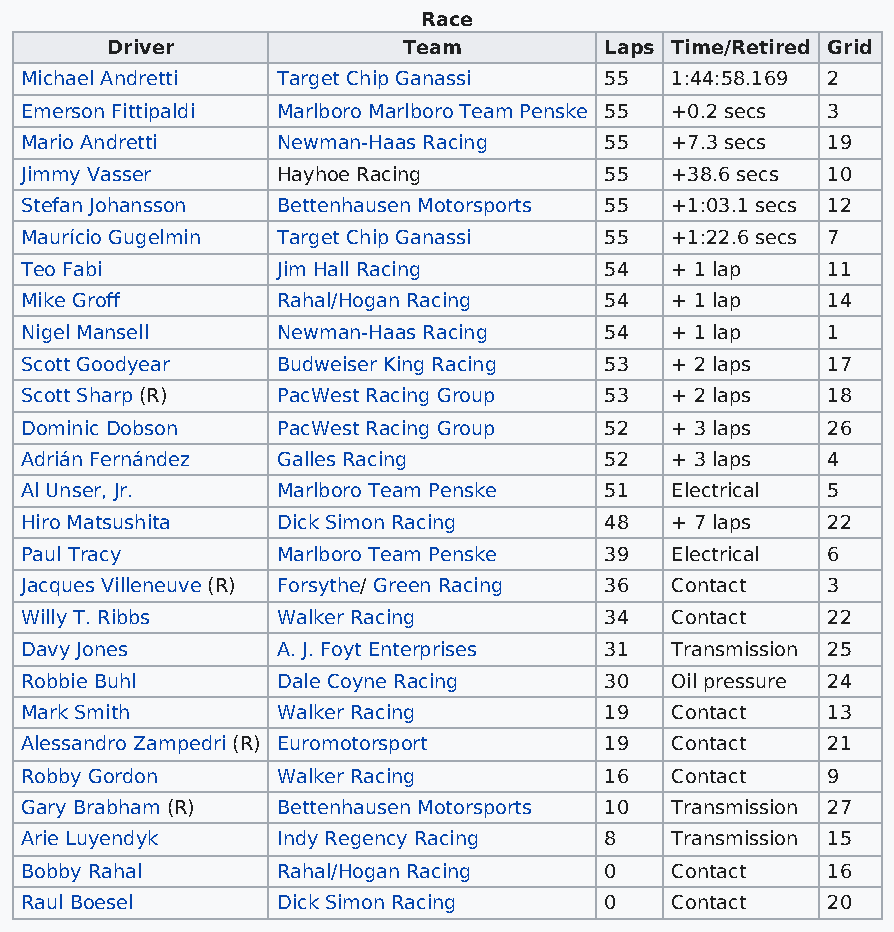
Race
 Driver              Team         Laps Time/Retired Grid
 Michael Andretti Target Chip Ganassi   55  1:44:58.169 2
 Emerson Fittipaldi Marlboro Marlboro Team Penske 55 +0.2 secs 3
 Mario Andretti   Newman-Haas Racing    55  +7.3 secs  19
 Jimmy Vasser     Hayhoe Racing         55  +38.6 secs 10
 Stefan Johansson Bettenhausen Motorsports 55 +1:03.1 secs 12
 Maurício Gugelmin Target Chip Ganassi  55  +1:22.6 secs 7
 Teo Fabi         Jim Hall Racing       54  + 1 lap    11
 Mike Groff       Rahal/Hogan Racing    54  + 1 lap    14
 Nigel Mansell    Newman-Haas Racing    54  + 1 lap    1
 Scott Goodyear   Budweiser King Racing 53  + 2 laps   17
 Scott Sharp (R)  PacWest Racing Group  53  + 2 laps   18
 Dominic Dobson   PacWest Racing Group  52  + 3 laps   26
 Adrián Fernández Galles Racing         52  + 3 laps   4
 Al Unser, Jr.    Marlboro Team Penske  51  Electrical 5
 Hiro Matsushita  Dick Simon Racing     48  + 7 laps   22
 Paul Tracy       Marlboro Team Penske  39  Electrical 6
 Jacques Villeneuve (R) Forsythe/ Green Racing 36 Contact 3
 Willy T. Ribbs   Walker Racing         34  Contact    22
 Davy Jones       A. J. Foyt Enterprises 31 Transmission 25
 Robbie Buhl      Dale Coyne Racing     30  Oil pressure 24
 Mark Smith       Walker Racing         19  Contact    13
 Alessandro Zampedri (R) Euromotorsport 19  Contact    21
 Robby Gordon     Walker Racing         16  Contact    9
 Gary Brabham (R) Bettenhausen Motorsports 10 Transmission 27
 Arie Luyendyk    Indy Regency Racing   8   Transmission 15
 Bobby Rahal      Rahal/Hogan Racing    0   Contact    16
 Raul Boesel      Dick Simon Racing     0   Contact    20